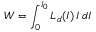
W = \int _ { 0 } ^ { I _ { 0 } } L _ { d } ( I ) \, I \, d I